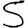
Digit: 5